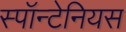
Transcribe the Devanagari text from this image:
स्पॉन्टेनियस